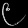
Digit: ၉